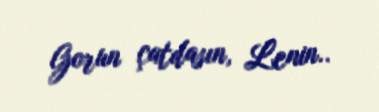
Gorun çatdasın, Lenin..